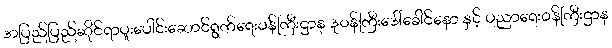
အပြည်ပြည်ဆိုင်ရာပူးပေါင်းဆောင်ရွက်ရေးဝန်ကြီးဌာန ဒုဝန်ကြီးဒေါ်ခေါင်နော နှင့် ပညာရေးဝန်ကြီးဌာန